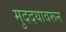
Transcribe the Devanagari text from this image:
मुददयावरून